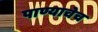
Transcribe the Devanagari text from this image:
पाण्याचेच